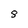
Character: 8